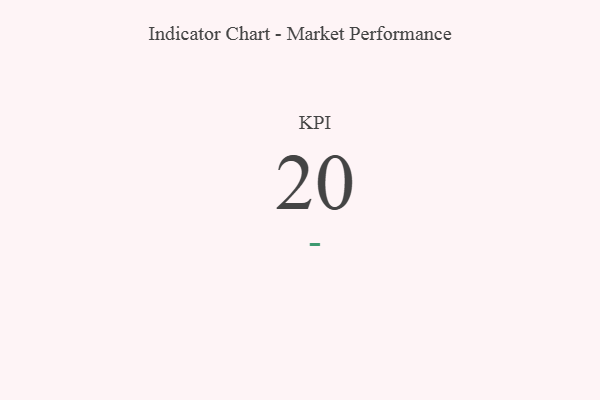
{"axis": {"x": "KPI", "y": "Value"}, "legend": [""], "data": [{"x": "KPI", "y": 20, "type": ""}]}